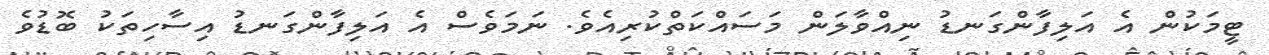
ޓީމަކުން އެ އަލިފާންގަނޑު ނިއްވާލަން މަސައްކަތްކުރިއެވެ. ނަމަވެސް އެ އަލިފާންގަނޑު އިސާހިތަކު ބޮޑުވެ